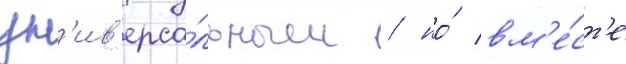
ун'ив'ерса́льным / но́ вм'е́ст'е